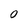
Character: O